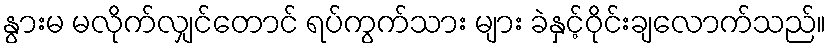
နွားမ မလိုက်လျှင်တောင် ရပ်ကွက်သား များ ခဲနှင့်ဝိုင်းချလောက်သည်။